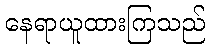
နေရာယူထားကြသည်